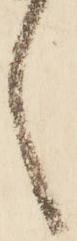
言